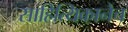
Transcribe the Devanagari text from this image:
साहित्यिकानेच